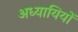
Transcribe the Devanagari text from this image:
अध्यायियों